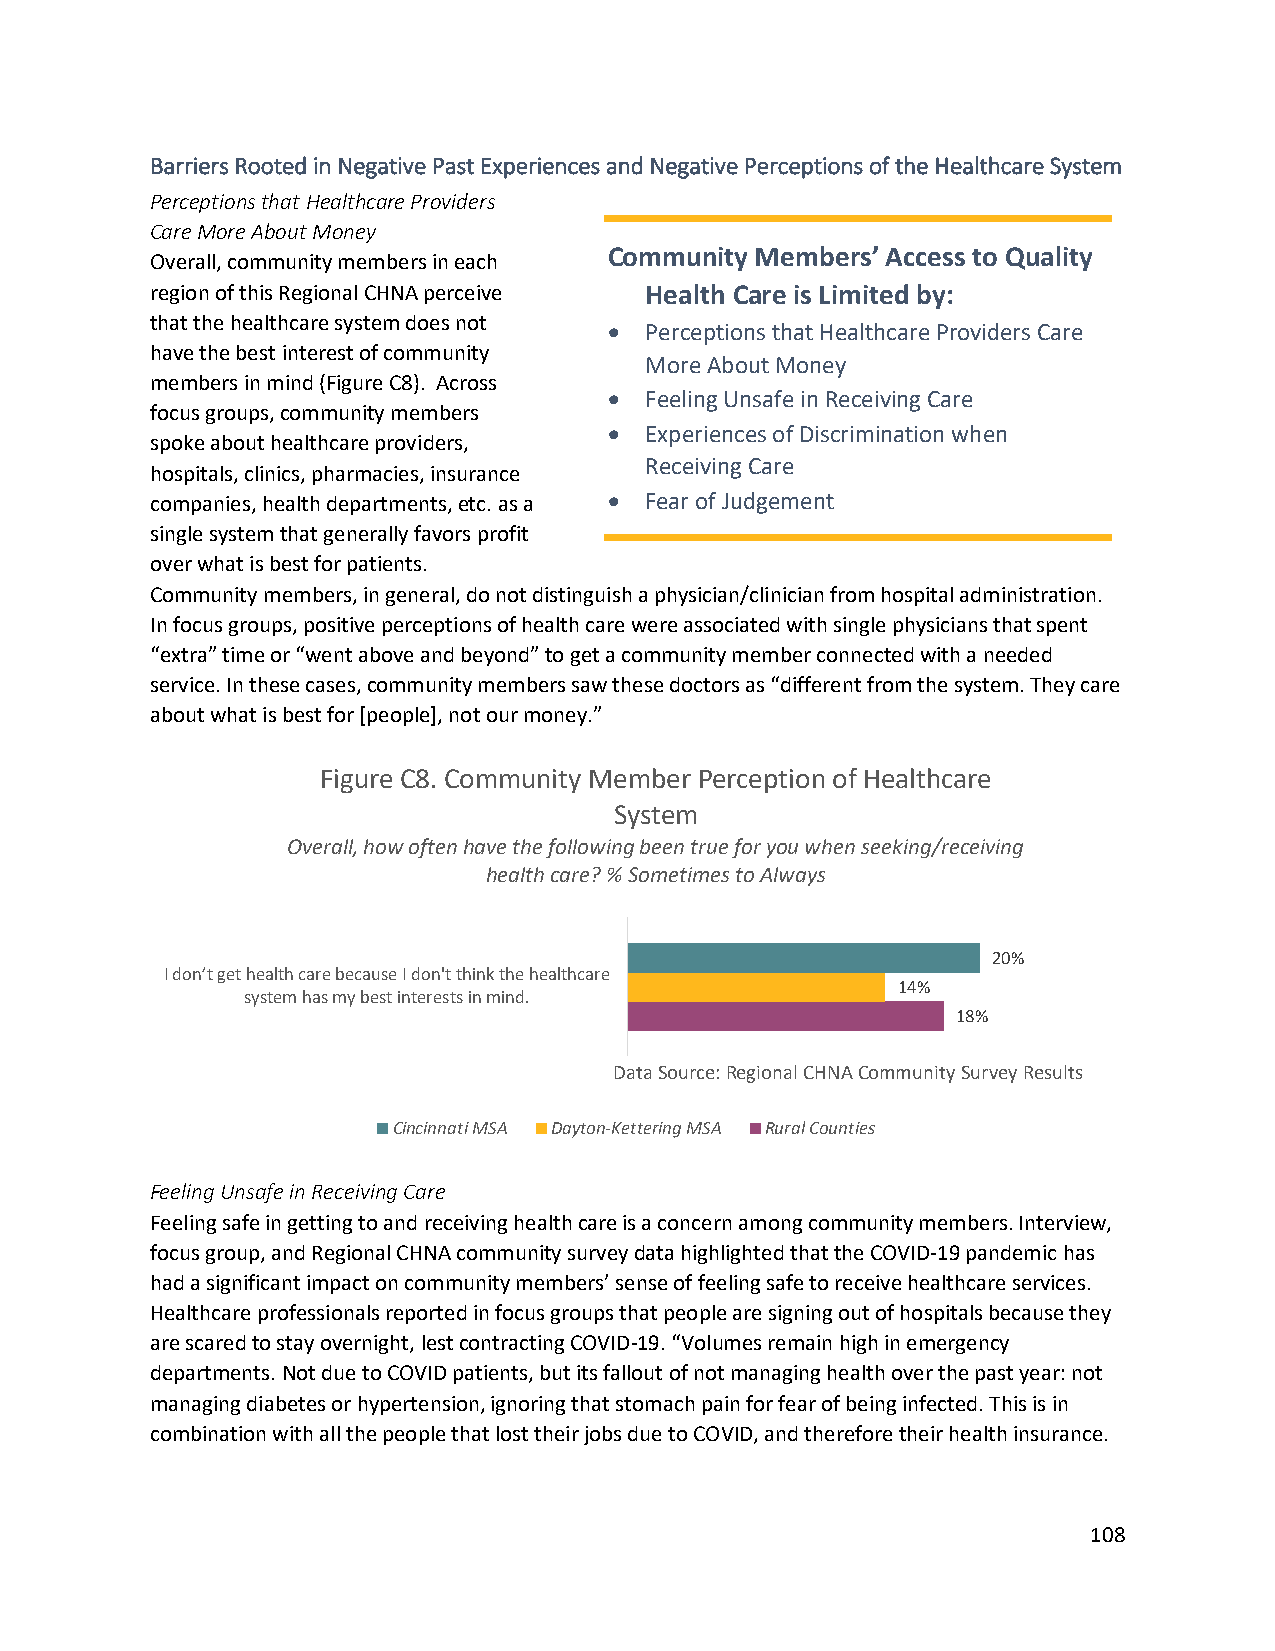
Barriers Rooted in Negative Past Experiences and Negative Perceptions of the Healthcare System
 Perceptions that Healthcare Providers
 Care More About Money
 Community Members’ Access to Quality
 Overall, community members in each
 region of this Regional CHNA perceive Health Care is Limited by:
 that the healthcare system does not
 •  Perceptions that Healthcare Providers Care
 have the best interest of community
 More About Money
 members in mind (Figure C8). Across
 •  Feeling Unsafe in Receiving Care
 focus groups, community members
 •  Experiences of Discrimination when
 spoke about healthcare providers,
 Receiving Care
 hospitals, clinics, pharmacies, insurance
 companies, health departments, etc. as a • Fear of Judgement
 single system that generally favors profit
 over what is best for patients.
 Community members, in general, do not distinguish a physician/clinician from hospital administration.
 In focus groups, positive perceptions of health care were associated with single physicians that spent
 “extra” time or “went above and beyond” to get a community member connected with a needed
 service. In these cases, community members saw these doctors as “different from the system. They care
 about what is best for [people], not our money.”
 Figure C8. Community Member Perception of Healthcare
 System
 Overall, how often have the following been true for you when seeking/receiving
 health care? % Sometimes to Always
 20%
 I don’t get health care because I don't think the healthcare
 14%
 system has my best interests in mind.
 18%
 Data Source: Regional CHNACommunity Survey Results
 Cincinnati MSA Dayton-Kettering MSA Rural Counties
 Feeling Unsafe in Receiving Care
 Feeling safe in getting to and receiving health care is a concern among community members. Interview,
 focus group, and Regional CHNA community survey data highlighted that the COVID-19 pandemic has
 had a significant impact on community members’ sense of feeling safe to receive healthcare services.
 Healthcare professionals reported in focus groups that people are signing out of hospitals because they
 are scared to stay overnight, lest contracting COVID-19. “Volumes remain high in emergency
 departments. Not due to COVID patients, but its fallout of not managing health over the past year: not
 managing diabetes or hypertension, ignoring that stomach pain for fear of being infected. This is in
 combination with all the people that lost their jobs due to COVID, and therefore their health insurance.
 108